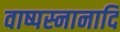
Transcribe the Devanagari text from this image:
वाष्पस्नानादि